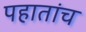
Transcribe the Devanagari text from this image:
पहातांच